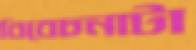
বিবেচনাটা